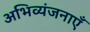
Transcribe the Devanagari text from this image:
अभिव्यंजनाएँ